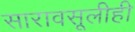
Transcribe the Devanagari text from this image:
सारावसूलीही